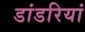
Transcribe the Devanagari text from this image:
डांडरियां